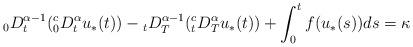
LaTeX: \begin{align*}{}_0 D_t^{\alpha-1}({}_0^c D_t^{\alpha} u_*(t)) - {}_t D_T^{\alpha-1}({}_t^cD_T^{\alpha} u_*(t)) + \int_0^t f(u_*(s))ds = \kappa \end{align*}